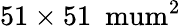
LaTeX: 51\times 51~\mathrm{\ mum}^{2}